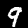
Digit: 9